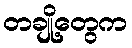
တချို့တွေက